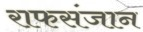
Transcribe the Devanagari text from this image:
राफसंजान